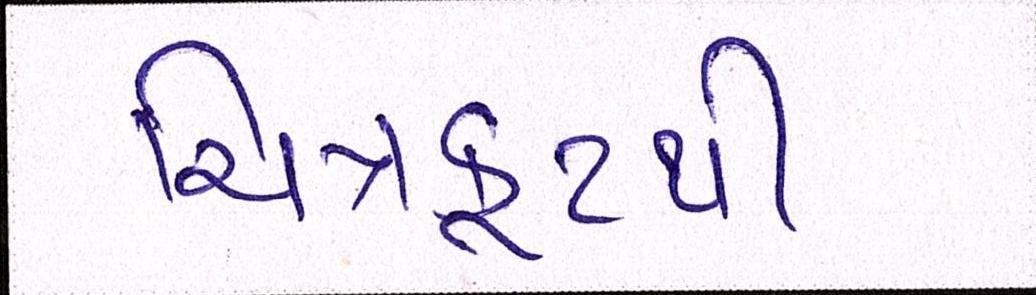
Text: ચિત્રકૂટથી